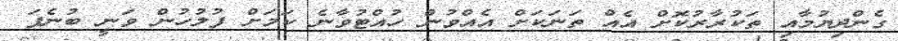
ގެންދިޔުމާއި ތަކުރާރުކޮށް އެއް ތަނަކަށް އެއްވުން ހުއްޓުވާނެ ކަމަށް ފުލުހުން ވަނީ ބުނެފަ